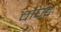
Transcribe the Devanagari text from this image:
चौघडे